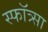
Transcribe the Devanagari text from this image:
स्फॉत्र्सा